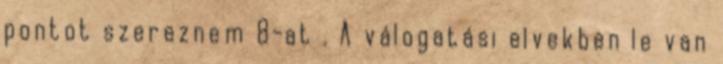
pontot szereznem 8-at . A válogatási elvekben le van